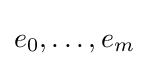
e_{0},\ldots ,e_{m}